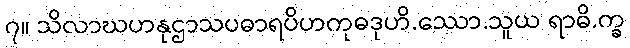
၇။ သိလာဃဟနုဌာသပဓာရပိဟကုဓဒုဟိ.ဿော.သူယ ရာဓိ.က္ခ